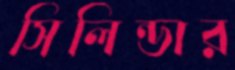
সিলিন্ডার